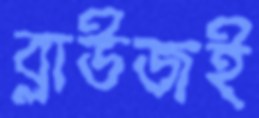
ব্লাউজই